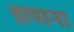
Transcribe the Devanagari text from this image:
डायाना